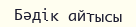
Бәдік айтысы